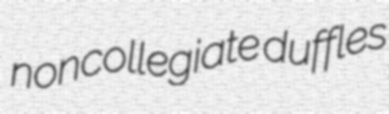
noncollegiate duffles